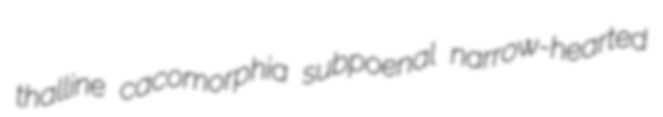
thalline cacomorphia subpoenal narrow-hearted